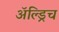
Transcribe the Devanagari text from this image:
ॲल्ड्रिच